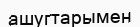
ашугтарымен